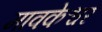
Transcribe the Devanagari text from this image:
मावकेश्वर